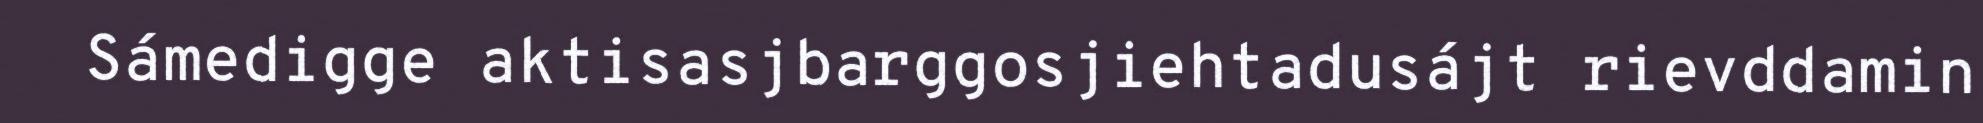
Sámedigge aktisasjbarggosjiehtadusájt rievddamin